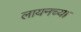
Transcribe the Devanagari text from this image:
लायनच्या